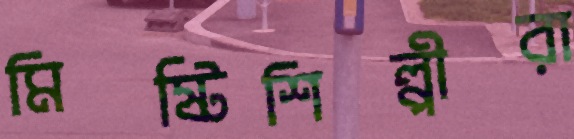
মিষ্টিশিল্পীরা